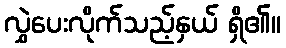
လွှဲပေးလိုက်သည့်နှယ် ရှိ၏။